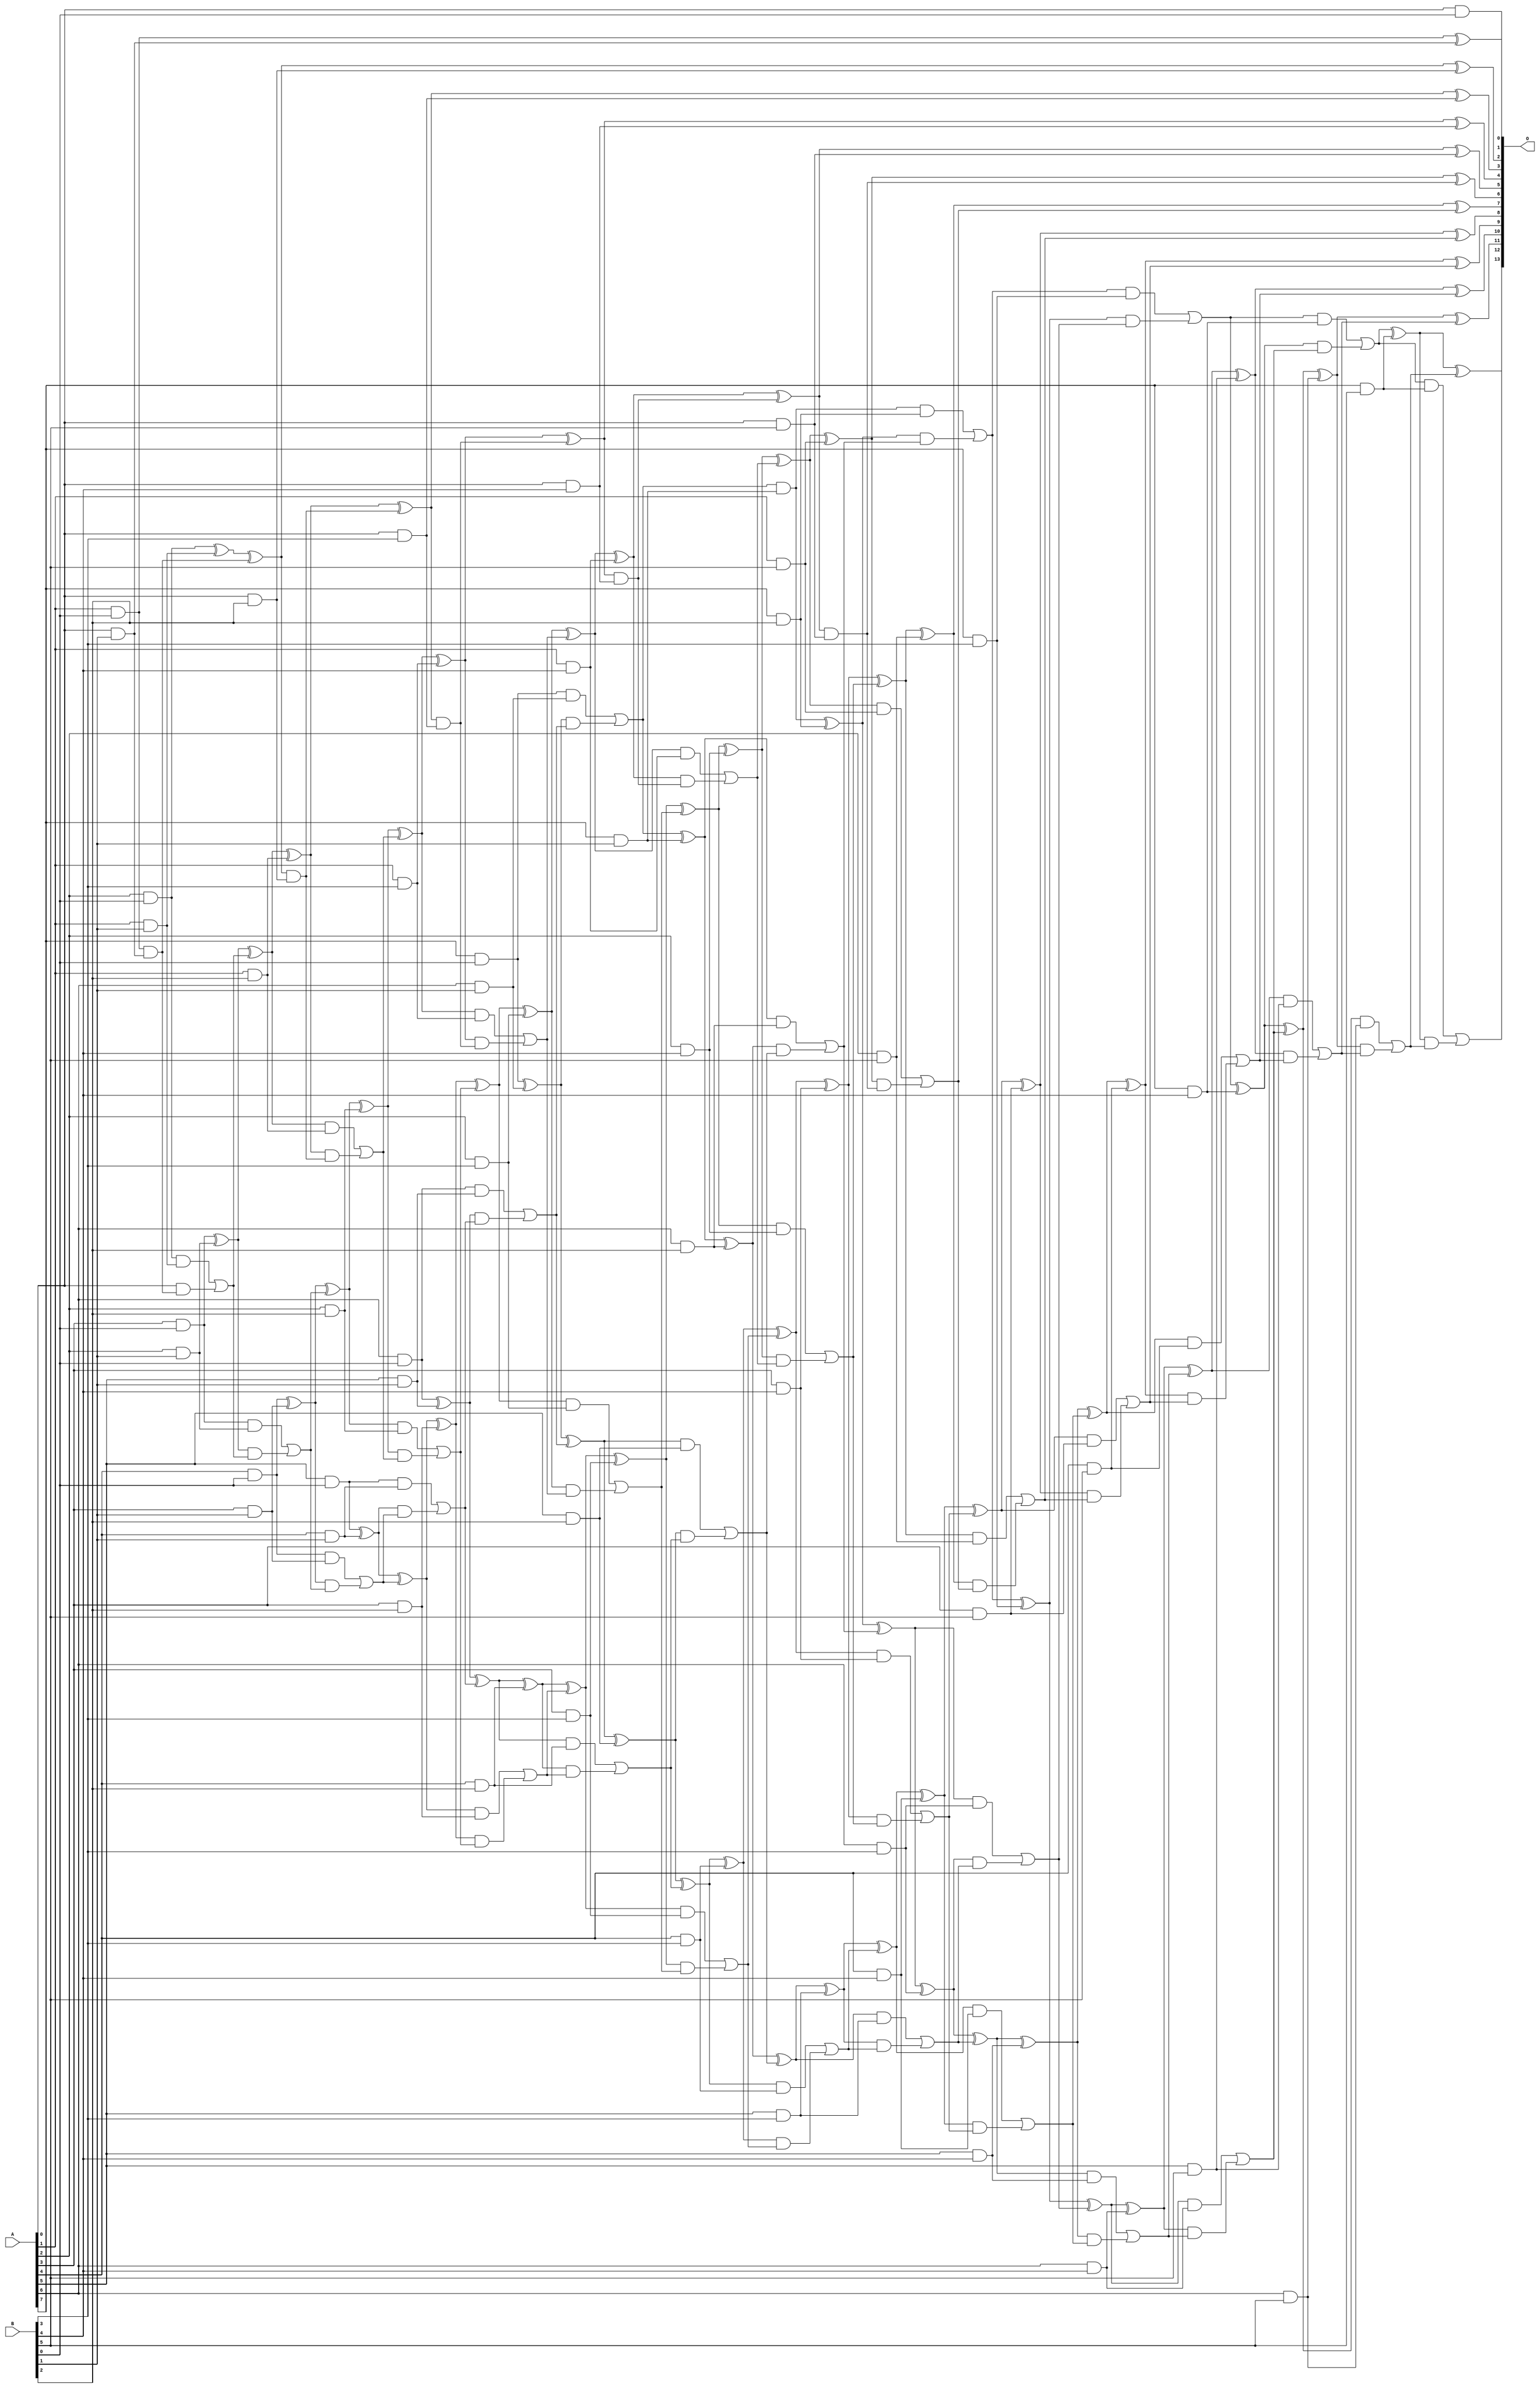
/***
* This code is a part of EvoApproxLib library (ehw.fit.vutbr.cz/approxlib) distributed under The MIT License.
* When used, please cite the following article(s): V. Mrazek, L. Sekanina, Z. Vasicek "Libraries of Approximate Circuits: Automated Design and Application in CNN Accelerators" IEEE Journal on Emerging and Selected Topics in Circuits and Systems, Vol 10, No 4, 2020 
* This file contains a circuit from a sub-set of pareto optimal circuits with respect to the pwr and wce parameters
***/
// MAE% = 0.00 %
// MAE = 0 
// WCE% = 0.00 %
// WCE = 0 
// WCRE% = 0.00 %
// EP% = 0.00 %
// MRE% = 0.00 %
// MSE = 0 
// PDK45_PWR = 0.267 mW
// PDK45_AREA = 538.3 um2
// PDK45_DELAY = 1.55 ns

module mul8x6u_049 (
    A,
    B,
    O
);

input [7:0] A;
input [5:0] B;
output [13:0] O;

wire sig_14,sig_15,sig_16,sig_17,sig_18,sig_19,sig_20,sig_21,sig_22,sig_23,sig_24,sig_25,sig_26,sig_27,sig_28,sig_29,sig_30,sig_31,sig_32,sig_33;
wire sig_34,sig_35,sig_36,sig_37,sig_38,sig_39,sig_40,sig_41,sig_42,sig_43,sig_44,sig_45,sig_46,sig_47,sig_48,sig_49,sig_50,sig_51,sig_52,sig_53;
wire sig_54,sig_55,sig_56,sig_57,sig_58,sig_59,sig_60,sig_61,sig_62,sig_63,sig_64,sig_65,sig_66,sig_67,sig_68,sig_69,sig_70,sig_71,sig_72,sig_73;
wire sig_74,sig_75,sig_76,sig_77,sig_78,sig_79,sig_80,sig_81,sig_82,sig_83,sig_84,sig_85,sig_86,sig_87,sig_88,sig_89,sig_90,sig_91,sig_92,sig_93;
wire sig_94,sig_95,sig_96,sig_97,sig_98,sig_99,sig_100,sig_101,sig_102,sig_103,sig_104,sig_105,sig_106,sig_107,sig_108,sig_109,sig_110,sig_111,sig_112,sig_113;
wire sig_114,sig_115,sig_116,sig_117,sig_118,sig_119,sig_120,sig_121,sig_122,sig_123,sig_124,sig_125,sig_126,sig_127,sig_128,sig_129,sig_130,sig_131,sig_132,sig_133;
wire sig_134,sig_135,sig_136,sig_137,sig_138,sig_139,sig_140,sig_141,sig_142,sig_143,sig_144,sig_145,sig_146,sig_147,sig_148,sig_149,sig_150,sig_151,sig_152,sig_153;
wire sig_154,sig_155,sig_156,sig_157,sig_158,sig_159,sig_160,sig_161,sig_162,sig_163,sig_164,sig_165,sig_166,sig_167,sig_168,sig_169,sig_170,sig_171,sig_172,sig_173;
wire sig_174,sig_175,sig_176,sig_177,sig_178,sig_179,sig_180,sig_181,sig_182,sig_183,sig_184,sig_185,sig_186,sig_187,sig_188,sig_189,sig_190,sig_191,sig_192,sig_193;
wire sig_194,sig_195,sig_196,sig_197,sig_198,sig_199,sig_200,sig_201,sig_202,sig_203,sig_204,sig_205,sig_206,sig_207,sig_208,sig_209,sig_210,sig_211,sig_212,sig_213;
wire sig_214,sig_215,sig_216,sig_217,sig_218,sig_219,sig_220,sig_221,sig_222,sig_223,sig_224,sig_225,sig_226,sig_227,sig_228,sig_229,sig_230,sig_231,sig_232,sig_233;
wire sig_234,sig_235,sig_236,sig_237,sig_238,sig_239,sig_240,sig_241,sig_242,sig_243;

assign sig_14 = A[0] & B[0];
assign sig_15 = A[1] & B[0];
assign sig_16 = A[2] & B[0];
assign sig_17 = A[3] & B[0];
assign sig_18 = A[4] & B[0];
assign sig_19 = A[5] & B[0];
assign sig_20 = A[6] & B[0];
assign sig_21 = A[7] & B[0];
assign sig_22 = A[0] & B[1];
assign sig_23 = A[1] & B[1];
assign sig_24 = A[2] & B[1];
assign sig_25 = A[3] & B[1];
assign sig_26 = A[4] & B[1];
assign sig_27 = A[5] & B[1];
assign sig_28 = A[6] & B[1];
assign sig_29 = A[7] & B[1];
assign sig_30 = sig_15 & sig_22;
assign sig_31 = sig_15 ^ sig_22;
assign sig_32 = sig_16 ^ sig_23;
assign sig_33 = sig_16 & sig_23;
assign sig_34 = A[0] & sig_30;
assign sig_35 = sig_32 ^ sig_30;
assign sig_36 = sig_33 | sig_34;
assign sig_37 = sig_17 ^ sig_24;
assign sig_38 = sig_17 & sig_24;
assign sig_39 = sig_37 & sig_36;
assign sig_40 = sig_37 ^ sig_36;
assign sig_41 = sig_38 | sig_39;
assign sig_42 = sig_18 ^ sig_25;
assign sig_43 = sig_18 & sig_25;
assign sig_44 = sig_42 & sig_41;
assign sig_45 = sig_42 ^ sig_41;
assign sig_46 = sig_43 | sig_44;
assign sig_47 = sig_19 ^ sig_26;
assign sig_48 = sig_19 & sig_26;
assign sig_49 = sig_47 & sig_46;
assign sig_50 = sig_47 ^ sig_46;
assign sig_51 = sig_48 | sig_49;
assign sig_52 = sig_20 ^ sig_27;
assign sig_53 = sig_20 & sig_27;
assign sig_54 = sig_52 & sig_51;
assign sig_55 = sig_52 ^ sig_51;
assign sig_56 = sig_53 | sig_54;
assign sig_57 = sig_21 ^ sig_28;
assign sig_58 = sig_21 & sig_28;
assign sig_59 = sig_57 & sig_56;
assign sig_60 = sig_57 ^ sig_56;
assign sig_61 = sig_58 | sig_59;
assign sig_62 = sig_61 & sig_29;
assign sig_63 = sig_61 ^ sig_29;
assign sig_64 = A[0] & B[2];
assign sig_65 = A[1] & B[2];
assign sig_66 = A[2] & B[2];
assign sig_67 = A[3] & B[2];
assign sig_68 = A[4] & B[2];
assign sig_69 = A[5] & B[2];
assign sig_70 = A[6] & B[2];
assign sig_71 = A[7] & B[2];
assign sig_72 = sig_35 & sig_64;
assign sig_73 = sig_35 ^ sig_64;
assign sig_74 = sig_40 ^ sig_65;
assign sig_75 = sig_40 & sig_65;
assign sig_76 = sig_74 & sig_72;
assign sig_77 = sig_74 ^ sig_72;
assign sig_78 = sig_75 | sig_76;
assign sig_79 = sig_45 ^ sig_66;
assign sig_80 = sig_45 & sig_66;
assign sig_81 = sig_79 & sig_78;
assign sig_82 = sig_79 ^ sig_78;
assign sig_83 = sig_80 | sig_81;
assign sig_84 = sig_50 ^ sig_67;
assign sig_85 = sig_50 & sig_67;
assign sig_86 = sig_84 & sig_83;
assign sig_87 = sig_84 ^ sig_83;
assign sig_88 = sig_85 | sig_86;
assign sig_89 = sig_55 ^ sig_68;
assign sig_90 = sig_55 & sig_68;
assign sig_91 = sig_89 & sig_88;
assign sig_92 = sig_89 ^ sig_88;
assign sig_93 = sig_90 | sig_91;
assign sig_94 = sig_60 ^ sig_69;
assign sig_95 = sig_60 & sig_69;
assign sig_96 = sig_94 & sig_93;
assign sig_97 = sig_94 ^ sig_93;
assign sig_98 = sig_95 | sig_96;
assign sig_99 = sig_63 ^ sig_70;
assign sig_100 = sig_63 & sig_70;
assign sig_101 = sig_99 & sig_98;
assign sig_102 = sig_99 ^ sig_98;
assign sig_103 = sig_100 | sig_101;
assign sig_104 = sig_62 ^ sig_71;
assign sig_105 = sig_62 & sig_71;
assign sig_106 = sig_104 & sig_103;
assign sig_107 = sig_104 ^ sig_103;
assign sig_108 = sig_105 | sig_106;
assign sig_109 = A[0] & B[3];
assign sig_110 = A[1] & B[3];
assign sig_111 = A[2] & B[3];
assign sig_112 = A[3] & B[3];
assign sig_113 = A[4] & B[3];
assign sig_114 = A[5] & B[3];
assign sig_115 = A[6] & B[3];
assign sig_116 = A[7] & B[3];
assign sig_117 = sig_77 & sig_109;
assign sig_118 = sig_77 ^ sig_109;
assign sig_119 = sig_82 ^ sig_110;
assign sig_120 = sig_82 & sig_110;
assign sig_121 = sig_119 & sig_117;
assign sig_122 = sig_119 ^ sig_117;
assign sig_123 = sig_120 | sig_121;
assign sig_124 = sig_87 ^ sig_111;
assign sig_125 = sig_87 & sig_111;
assign sig_126 = sig_124 & sig_123;
assign sig_127 = sig_124 ^ sig_123;
assign sig_128 = sig_125 | sig_126;
assign sig_129 = sig_92 ^ sig_112;
assign sig_130 = sig_92 & sig_112;
assign sig_131 = sig_129 & sig_128;
assign sig_132 = sig_129 ^ sig_128;
assign sig_133 = sig_130 | sig_131;
assign sig_134 = sig_97 ^ sig_113;
assign sig_135 = sig_97 & sig_113;
assign sig_136 = sig_134 & sig_133;
assign sig_137 = sig_134 ^ sig_133;
assign sig_138 = sig_135 | sig_136;
assign sig_139 = sig_102 ^ sig_114;
assign sig_140 = sig_102 & sig_114;
assign sig_141 = sig_139 & sig_138;
assign sig_142 = sig_139 ^ sig_138;
assign sig_143 = sig_140 | sig_141;
assign sig_144 = sig_107 ^ sig_115;
assign sig_145 = sig_107 & sig_115;
assign sig_146 = sig_144 & sig_143;
assign sig_147 = sig_144 ^ sig_143;
assign sig_148 = sig_145 | sig_146;
assign sig_149 = sig_108 ^ sig_116;
assign sig_150 = sig_108 & sig_116;
assign sig_151 = sig_149 & sig_148;
assign sig_152 = sig_149 ^ sig_148;
assign sig_153 = sig_150 | sig_151;
assign sig_154 = A[0] & B[4];
assign sig_155 = A[1] & B[4];
assign sig_156 = A[2] & B[4];
assign sig_157 = A[3] & B[4];
assign sig_158 = A[4] & B[4];
assign sig_159 = A[5] & B[4];
assign sig_160 = A[6] & B[4];
assign sig_161 = A[7] & B[4];
assign sig_162 = sig_122 & sig_154;
assign sig_163 = sig_122 ^ sig_154;
assign sig_164 = sig_127 ^ sig_155;
assign sig_165 = sig_127 & sig_155;
assign sig_166 = sig_164 & sig_162;
assign sig_167 = sig_164 ^ sig_162;
assign sig_168 = sig_165 | sig_166;
assign sig_169 = sig_132 ^ sig_156;
assign sig_170 = sig_132 & sig_156;
assign sig_171 = sig_169 & sig_168;
assign sig_172 = sig_169 ^ sig_168;
assign sig_173 = sig_170 | sig_171;
assign sig_174 = sig_137 ^ sig_157;
assign sig_175 = sig_137 & sig_157;
assign sig_176 = sig_174 & sig_173;
assign sig_177 = sig_174 ^ sig_173;
assign sig_178 = sig_175 | sig_176;
assign sig_179 = sig_142 ^ sig_158;
assign sig_180 = sig_142 & sig_158;
assign sig_181 = sig_179 & sig_178;
assign sig_182 = sig_179 ^ sig_178;
assign sig_183 = sig_180 | sig_181;
assign sig_184 = sig_147 ^ sig_159;
assign sig_185 = sig_147 & sig_159;
assign sig_186 = sig_184 & sig_183;
assign sig_187 = sig_184 ^ sig_183;
assign sig_188 = sig_185 | sig_186;
assign sig_189 = sig_152 ^ sig_160;
assign sig_190 = sig_152 & sig_160;
assign sig_191 = sig_189 & sig_188;
assign sig_192 = sig_189 ^ sig_188;
assign sig_193 = sig_190 | sig_191;
assign sig_194 = sig_153 ^ sig_161;
assign sig_195 = sig_153 & sig_161;
assign sig_196 = sig_194 & sig_193;
assign sig_197 = sig_194 ^ sig_193;
assign sig_198 = sig_195 | sig_196;
assign sig_199 = A[0] & B[5];
assign sig_200 = A[1] & B[5];
assign sig_201 = A[2] & B[5];
assign sig_202 = A[3] & B[5];
assign sig_203 = A[4] & B[5];
assign sig_204 = A[5] & B[5];
assign sig_205 = A[6] & B[5];
assign sig_206 = A[7] & B[5];
assign sig_207 = sig_167 & sig_199;
assign sig_208 = sig_167 ^ sig_199;
assign sig_209 = sig_172 ^ sig_200;
assign sig_210 = sig_172 & sig_200;
assign sig_211 = sig_209 & sig_207;
assign sig_212 = sig_209 ^ sig_207;
assign sig_213 = sig_210 | sig_211;
assign sig_214 = sig_177 ^ sig_201;
assign sig_215 = sig_177 & sig_201;
assign sig_216 = sig_214 & sig_213;
assign sig_217 = sig_214 ^ sig_213;
assign sig_218 = sig_215 | sig_216;
assign sig_219 = sig_182 ^ sig_202;
assign sig_220 = sig_182 & sig_202;
assign sig_221 = sig_219 & sig_218;
assign sig_222 = sig_219 ^ sig_218;
assign sig_223 = sig_220 | sig_221;
assign sig_224 = sig_187 ^ sig_203;
assign sig_225 = sig_187 & sig_203;
assign sig_226 = sig_224 & sig_223;
assign sig_227 = sig_224 ^ sig_223;
assign sig_228 = sig_225 | sig_226;
assign sig_229 = sig_192 ^ sig_204;
assign sig_230 = sig_192 & sig_204;
assign sig_231 = sig_229 & sig_228;
assign sig_232 = sig_229 ^ sig_228;
assign sig_233 = sig_230 | sig_231;
assign sig_234 = sig_197 ^ sig_205;
assign sig_235 = sig_197 & sig_205;
assign sig_236 = sig_234 & sig_233;
assign sig_237 = sig_234 ^ sig_233;
assign sig_238 = sig_235 | sig_236;
assign sig_239 = sig_198 ^ sig_206;
assign sig_240 = sig_198 & sig_206;
assign sig_241 = sig_239 & sig_238;
assign sig_242 = sig_239 ^ sig_238;
assign sig_243 = sig_240 | sig_241;

assign O[13] = sig_243;
assign O[12] = sig_242;
assign O[11] = sig_237;
assign O[10] = sig_232;
assign O[9] = sig_227;
assign O[8] = sig_222;
assign O[7] = sig_217;
assign O[6] = sig_212;
assign O[5] = sig_208;
assign O[4] = sig_163;
assign O[3] = sig_118;
assign O[2] = sig_73;
assign O[1] = sig_31;
assign O[0] = sig_14;

endmodule